Eesti_Rahvusfond, lk 60
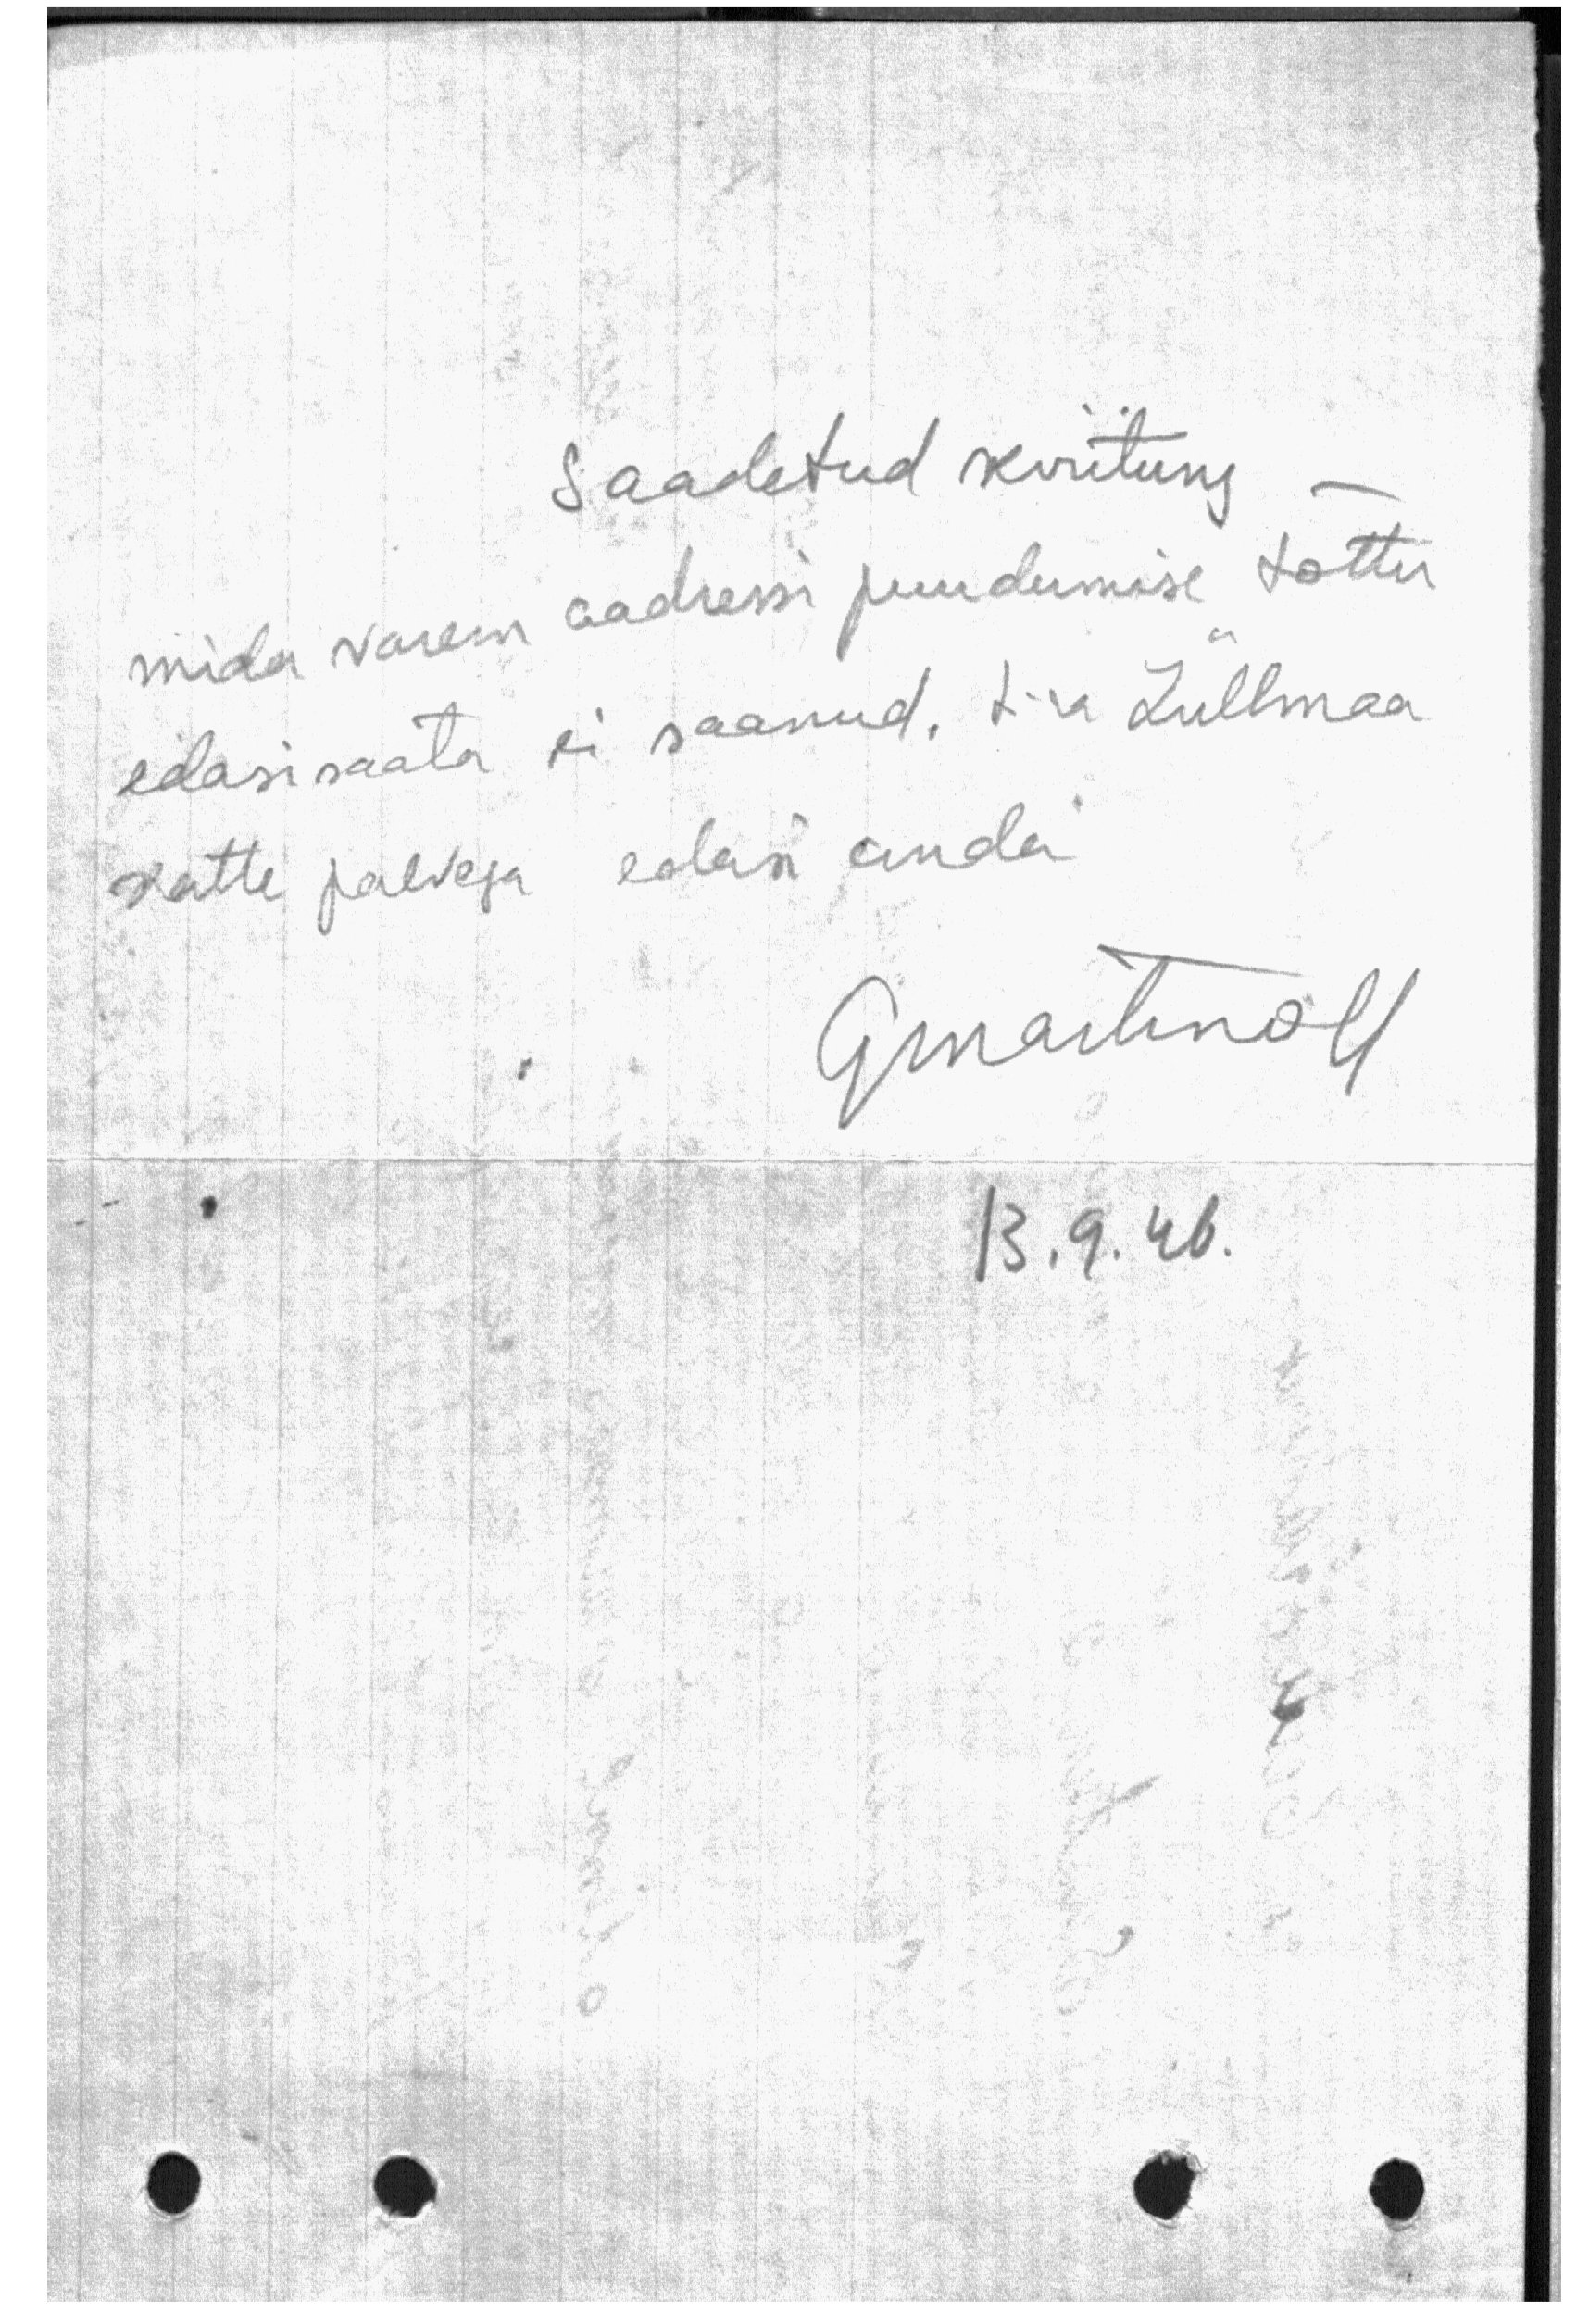
Saadetud kviitung
mida varem aadressi puudumise tõttu
edasi saata ei saanud, h-ra Lüllmaa
katte palvega edasi anda

Gmartinalt
13. 9. 46.